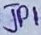
Text: JP1